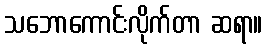
သဘောကောင်းလိုက်တာ ဆရာ။